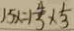
1 5 x = 1 \frac { 4 } { 3 } \times \frac { 1 } { 3 }